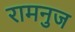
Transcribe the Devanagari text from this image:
रामनुज